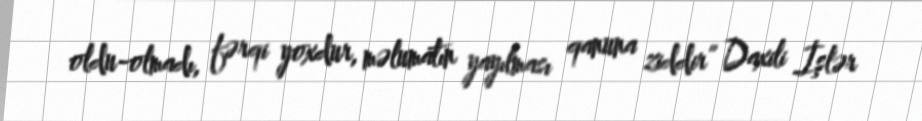
oldu-olmadı, fərqi yoxdur, məlumatın yayılması qanuna ziddir” Daxili İşlər